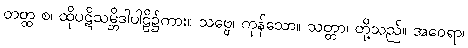
တတ္ထ စ၊ ထိုပဋိသမ္ဘိဒါပါဠိ၌ကား။ သဗ္ဗေ၊ ကုန်သော။ သတ္တာ၊ တို့သည်။ အဝေရာ၊